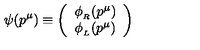
\psi ( p ^ { \mu } ) \equiv \left( \begin{array} { c } { \phi _ { _ R } ( p ^ { \mu } ) } \\ { \phi _ { _ L } ( p ^ { \mu } ) } \\ \end{array} \right)